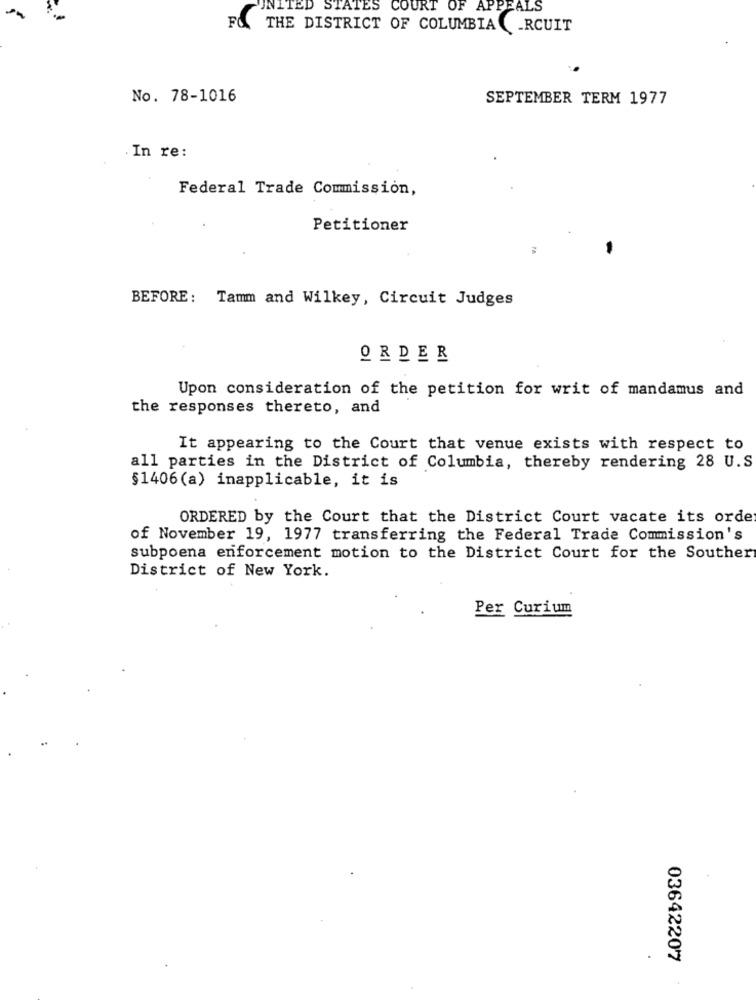
UNITED STATES COURT OF
APPEALS
F&
THE DISTRICT OF COLUMBIA _RCUIT
No. 78-1016
SEPTEMBER TERM 1977
. In re:
Federal Trade Commission,
Petitioner
BEFORE: Tamm and Wilkey, Circuit Judges
ORDER
Upon consideration of the petition for writ of mandamus and
the responses thereto, and
It appearing to the Court that venue exists with respect to
all parties in the District of Columbia, thereby rendering 28 U.S
§1406(a) inapplicable, it is
ORDERED by the Court that the District Court vacate its orde
of November 19, 1977 transferring the Federal Trade Commission's
subpoena enforcement motion to the District Court for the Souther
District of New York.
Per Curium
03642207